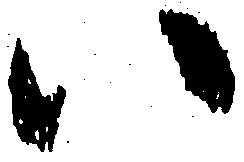
い